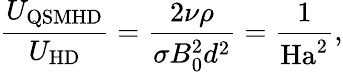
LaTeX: \frac{U_{\mathrm{QSMHD}}}{U_{\mathrm{HD}}}=\frac{2\nu\rho}{\sigma B_{0}^{2}d^{2}}=\frac{1}{\mathrm{Ha}^{2}},